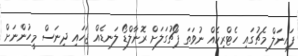
ފައިނަލް މެޗުގައި ހެޓްރިކެއް ނުވަތަ ޕޯޗުގަލަށް ރޮނާލްޑޯ ލަނޑެއް ޖަހައި ދިނަސް މީހުންނަށް